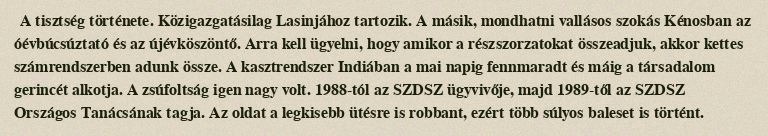
A tisztség története. Közigazgatásilag Lasinjához tartozik. A másik, mondhatni vallásos szokás Kénosban az óévbúcsúztató és az újévköszöntő. Arra kell ügyelni, hogy amikor a részszorzatokat összeadjuk, akkor kettes számrendszerben adunk össze. A kasztrendszer Indiában a mai napig fennmaradt és máig a társadalom gerincét alkotja. A zsúfoltság igen nagy volt. 1988-tól az SZDSZ ügyvivője, majd 1989-től az SZDSZ Országos Tanácsának tagja. Az oldat a legkisebb ütésre is robbant, ezért több súlyos baleset is történt.